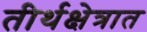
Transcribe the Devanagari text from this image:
तीर्थक्षेत्रात